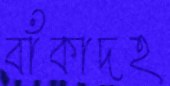
বাঁকাদহ